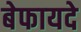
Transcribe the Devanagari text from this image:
बेफायदे